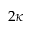
2 \kappa